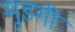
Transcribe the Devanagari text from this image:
मुडगी